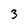
Character: 3